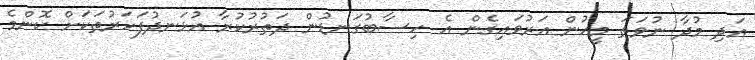
އަދި މުދާ ނުވަތަ މީހުން އަރުވައިގެން އެ ހިސާބުގަނޑުން ދަތުރުކުރާ އުޅަނދުފަހަރުތަކަށް ކޮންމެ